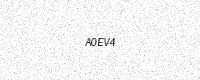
Text: A0EV4